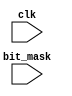
module cache_decider #(
  parameter non = 1 
) (
  input clk
  , input [19:0] bit_mask
  // , output [4:0] available_0
  // , output [4:0] available_1
  // , output [4:0] available_2
  // , output [4:0] available_3
  // , output [4:0] available_4
  // , output [4:0] available_5
  // , output [4:0] available_6
  // , output [4:0] available_7
  // , output [4:0] available_8
  // , output [4:0] available_9
  // , output [4:0] available_10
  // , output [4:0] available_11
);
  integer i; // 0 ~ 19
  integer j; // 0 ~ 3
  reg [4:0] availables [3:0];
  initial begin
    for(i=0; i<4; i=i+1) begin
      availables[i] = 0;
    end
  end

  always @(posedge clk) begin
    j = 0;
    for(i = 0; i<4; i=i+1) begin
      availables[i] = -1;
    end
    for(i = 0; i<20; i=i+1) begin
      if(bit_mask[i] == 1) begin
        availables[j] = i;
        j = j+1;
      end 
    end
  end
  // assign available_0 = availables[0];
  // assign available_1 = availables[1];
  // assign available_2 = availables[2];
  // assign available_3 = availables[3];
  // assign available_4 = availables[4];
  // assign available_5 = availables[5];
  // assign available_6 = availables[6];
  // assign available_7 = availables[7];
  // assign available_8 = availables[8];
  // assign available_9 = availables[9];
  // assign available_10 = availables[10];
  // assign available_11 = availables[11];  
endmodule

module test();
  integer currTime = 0;
  reg clk = 0;
  reg [19:0] bitmask = 0;
  // wire [4:0] available_0;
  // wire [4:0] available_1;
  // wire [4:0] available_2;
  // wire [4:0] available_3;
  // wire [4:0] available_4;
  // wire [4:0] available_5;
  // wire [4:0] available_6;
  // wire [4:0] available_7;
  // wire [4:0] available_8;
  // wire [4:0] available_9;
  // wire [4:0] available_10;
  // wire [4:0] available_11;
  cache_decider # (1) little_cache (clk, bitmask);

  // input
  initial begin
    # 0 
    # 2 bitmask = 20'b0000_0000_0000_0000_1100;
    // # 2 bitmask = 20'b0000_1111_0000_1111_1111;
    // # 2 bitmask = 20'b0000_1111_0000_0000_0000;
    // # 2 bitmask = 20'b0000_0000_0111_0000_0000;
    # 2 $finish;
  end
  // 
  always #2 begin
    currTime = currTime + 1;
    $display(" ");
  end
  // output
  always #1 begin
    clk = ~clk;
    $display("Time: %d, clk: %d, ava_0: %d, ava_1: %d, ava_2: %d, ava_3: %d", currTime, clk, little_cache.availables[0], little_cache.availables[1], little_cache.availables[2], little_cache.availables[3]);
  end
endmodule